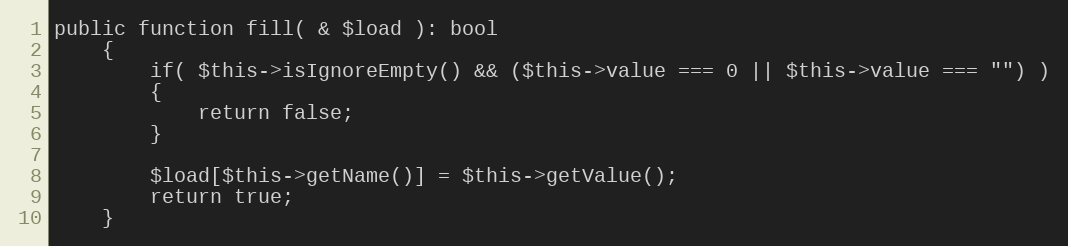
Language: PHP
public function fill( & $load ): bool
	{
		if( $this->isIgnoreEmpty() && ($this->value === 0 || $this->value === "") )
		{
			return false;
		}

		$load[$this->getName()] = $this->getValue();
		return true;
	}